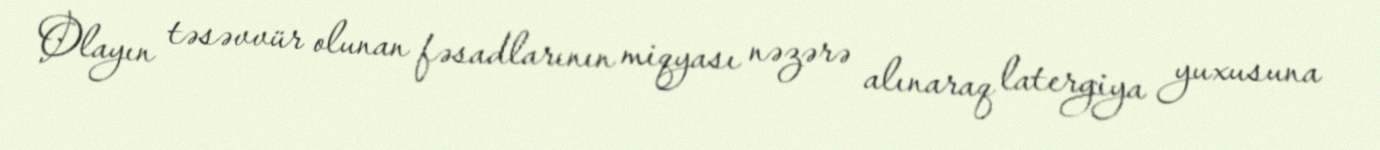
Olayın təsəvvür olunan fəsadlarının miqyası nəzərə alınaraq latergiya yuxusuna